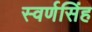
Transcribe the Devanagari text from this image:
स्वर्णसिंह